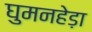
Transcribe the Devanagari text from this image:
घुमनहेड़ा